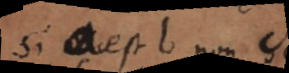
Si a est b non